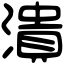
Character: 潰